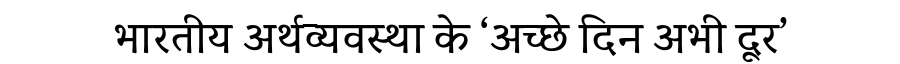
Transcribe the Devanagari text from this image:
भारतीय अर्थव्यवस्था के ‘अच्छे दिन अभी दूर’